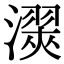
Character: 㵤